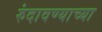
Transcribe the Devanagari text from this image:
रुंदावण्याच्या